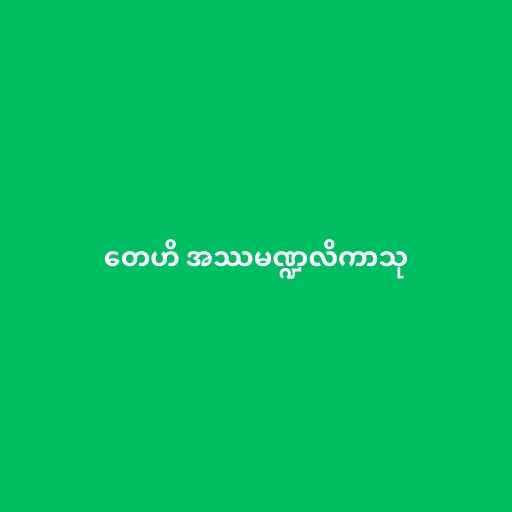
တေဟိ အဿမဏ္ဍလိကာသု